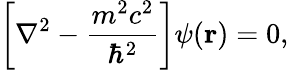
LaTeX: \left[\nabla^{2}-{\frac{m^{2}c^{2}}{\hbar^{2}}}\right]\psi(\mathbf{r})=0,